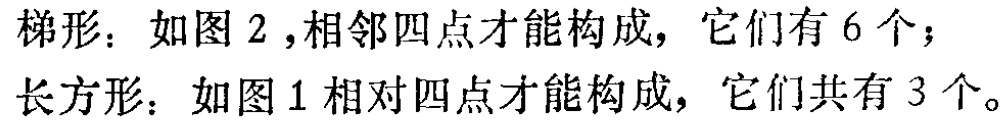
梯形：如图 2 ,相邻四点才能构成，它们有 6 个；

长方形：如图 1 相对四点才能构成，它们共有 3 个。